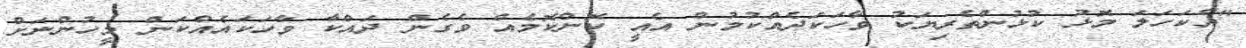
"އެކަހަލަ މޮޅު ކުޅުންތެރިޔަކު ވާހަކަދެއްކުމުން އެއީ ކޮންކޮމެއް ވެގެން ދައްކާ ވާހަކައެއްކަން މީހުންނަށް